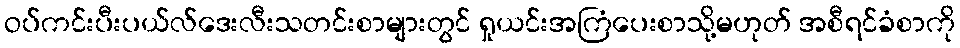
ဝပ်ကင်းပီးပယ်လ်ဒေးလီးသတင်းစာများတွင် ရှုယင်းအကြံပေးစာသို့မဟုတ် အစီရင်ခံစာကို